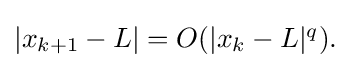
{\textstyle |x_{k+1}-L|=O(|x_{k}-L|^{q}).}